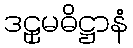
ဒဠှမဓိဋ္ဌာနံ